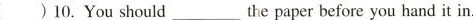
( )10.You should ___ the paper before you hand it in.